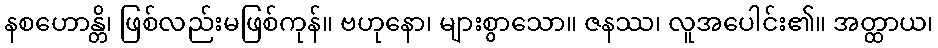
နစဟောန္တိ၊ ဖြစ်လည်းမဖြစ်ကုန်။ ဗဟုနော၊ များစွာသော။ ဇနဿ၊ လူအပေါင်း၏။ အတ္ထာယ၊